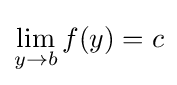
\lim _{y\to b}f(y)=c